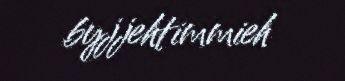
byjjehtimmieh